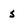
Character: s